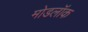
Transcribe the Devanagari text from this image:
मोडलॉक